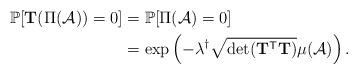
LaTeX: \begin{align*}\mathbb{P}[\mathbf{T}(\Pi(\mathcal{A}))=0]&=\mathbb{P}[\Pi(\mathcal{A})=0]\\&=\exp\left(-\lambda^{\dag}\sqrt{\det(\mathbf{T}^{\textsf{T}}\mathbf{T})}\mu(\mathcal{A})\right).\end{align*}